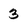
Character: 3